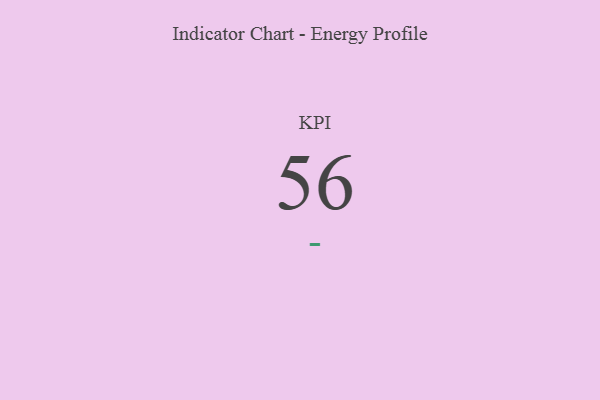
{"axis": {"x": "KPI", "y": "Value"}, "legend": [""], "data": [{"x": "KPI", "y": 56, "type": ""}]}